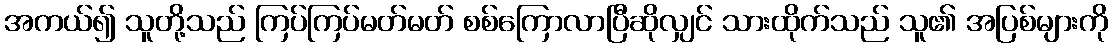
အကယ်၍ သူတို့သည် ကြပ်ကြပ်မတ်မတ် စစ်ကြောလာပြီဆိုလျှင် သားထိုက်သည် သူ၏ အပြစ်များကို